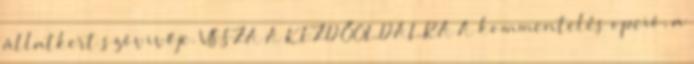
állatkert szóvivője. VISSZA A KEZDŐOLDALRA A kommentelés opció, a